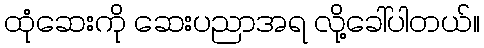
ထုံဆေးကို ဆေးပညာအရ လို့ခေါ်ပါတယ်။